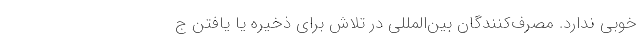
خوبی ندارد. مصرف‌کنندگان بین‌المللی در تلاش برای ذخیره یا یافتن ج